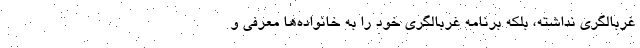
غربالگری نداشته، بلکه برنامه غربالگری خود را به خانواده‌ها معرفی و